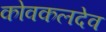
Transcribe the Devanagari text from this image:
कोवकलदेव